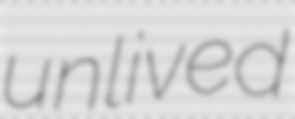
unlived